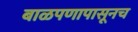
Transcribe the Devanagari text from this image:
बाळपणापासूनच